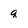
Character: q